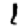
Digit: 1